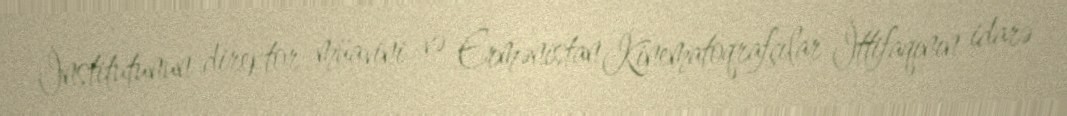
İnstitutunun direktor müavini və Ermənistan Kinematoqrafçılar İttifaqının idarə